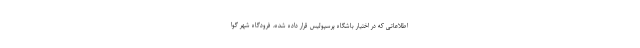
اطلاعاتی که در اختیار باشگاه پرسپولیس قرار داده شده، فرودگاه شهر گوا